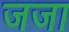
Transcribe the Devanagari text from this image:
जजा